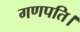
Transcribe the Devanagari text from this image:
गणपति।